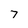
Character: 7